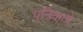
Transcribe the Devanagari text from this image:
पत्रिकाचे